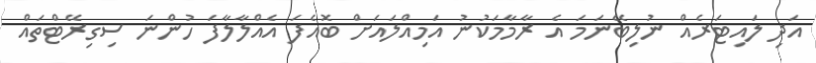
އަދި ލައިޓަރެއް ނުލިބޭނަމަ އެ ރާމާމަކުނު އަމިއްލައަށް ބޮއެފަ އެއްލާލާފަ ހުންނަ ސިގިރޭޓްތައް